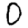
Digit: 0